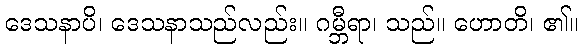
ဒေသနာပိ၊ ဒေသနာသည်လည်း။ ဂမ္ဘီရာ၊ သည်။ ဟောတိ၊ ၏။